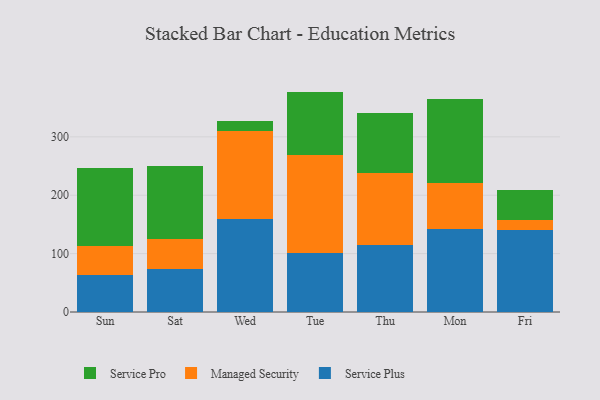
{"axis": {"x": "Day", "y": "Budget (USD K)"}, "legend": ["Managed Security", "Service Plus", "Service Pro"], "data": [{"x": "Sun", "y": 62.8, "type": "Service Plus"}, {"x": "Sun", "y": 49.6, "type": "Managed Security"}, {"x": "Sun", "y": 133.7, "type": "Service Pro"}, {"x": "Sat", "y": 73.7, "type": "Service Plus"}, {"x": "Sat", "y": 51.0, "type": "Managed Security"}, {"x": "Sat", "y": 125.9, "type": "Service Pro"}, {"x": "Wed", "y": 158.8, "type": "Service Plus"}, {"x": "Wed", "y": 150.4, "type": "Managed Security"}, {"x": "Wed", "y": 18.3, "type": "Service Pro"}, {"x": "Tue", "y": 100.5, "type": "Service Plus"}, {"x": "Tue", "y": 168.5, "type": "Managed Security"}, {"x": "Tue", "y": 108.5, "type": "Service Pro"}, {"x": "Thu", "y": 114.7, "type": "Service Plus"}, {"x": "Thu", "y": 123.8, "type": "Managed Security"}, {"x": "Thu", "y": 101.6, "type": "Service Pro"}, {"x": "Mon", "y": 141.8, "type": "Service Plus"}, {"x": "Mon", "y": 79.8, "type": "Managed Security"}, {"x": "Mon", "y": 143.2, "type": "Service Pro"}, {"x": "Fri", "y": 139.7, "type": "Service Plus"}, {"x": "Fri", "y": 18.2, "type": "Managed Security"}, {"x": "Fri", "y": 50.7, "type": "Service Pro"}]}